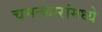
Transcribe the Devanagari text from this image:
चमत्कारांमध्ये